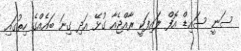
ސަނީ ސައިޑް އޮފް ލައިފަކީ ރާއްޖެއާ ގުޅޭ އަދި ގިނަ ބައެއްގެ ހިތުގައި